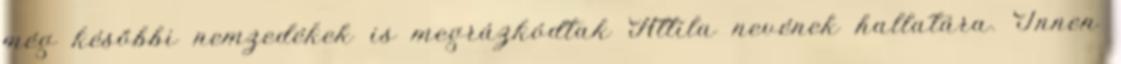
még későbbi nemzedékek is megrázkódtak Attila nevének hallatára. Innen